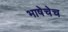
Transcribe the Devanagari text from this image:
भाषेचेच